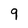
Character: 9